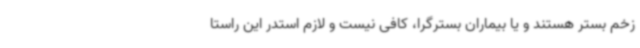
زخم بستر هستند و یا بیماران بسترگرا، کافی نیست و لازم استدر این راستا